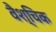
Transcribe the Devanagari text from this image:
वैश्चिक